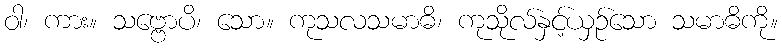
ဝါ၊ ကား။ သဗ္ဗောပိ၊ သော။ ကုသလသမာဓိ၊ ကုသိုလ်နှင့်ယှဉ်သော သမာဓိကို။